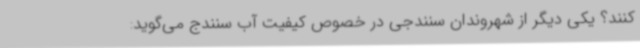
کنند؟ یکی دیگر از شهروندان سنندجی در خصوص کیفیت آب سنندج می‌گوید: